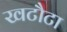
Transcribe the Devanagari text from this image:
खटौटा